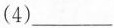
(4)___